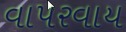
વાપરવાય